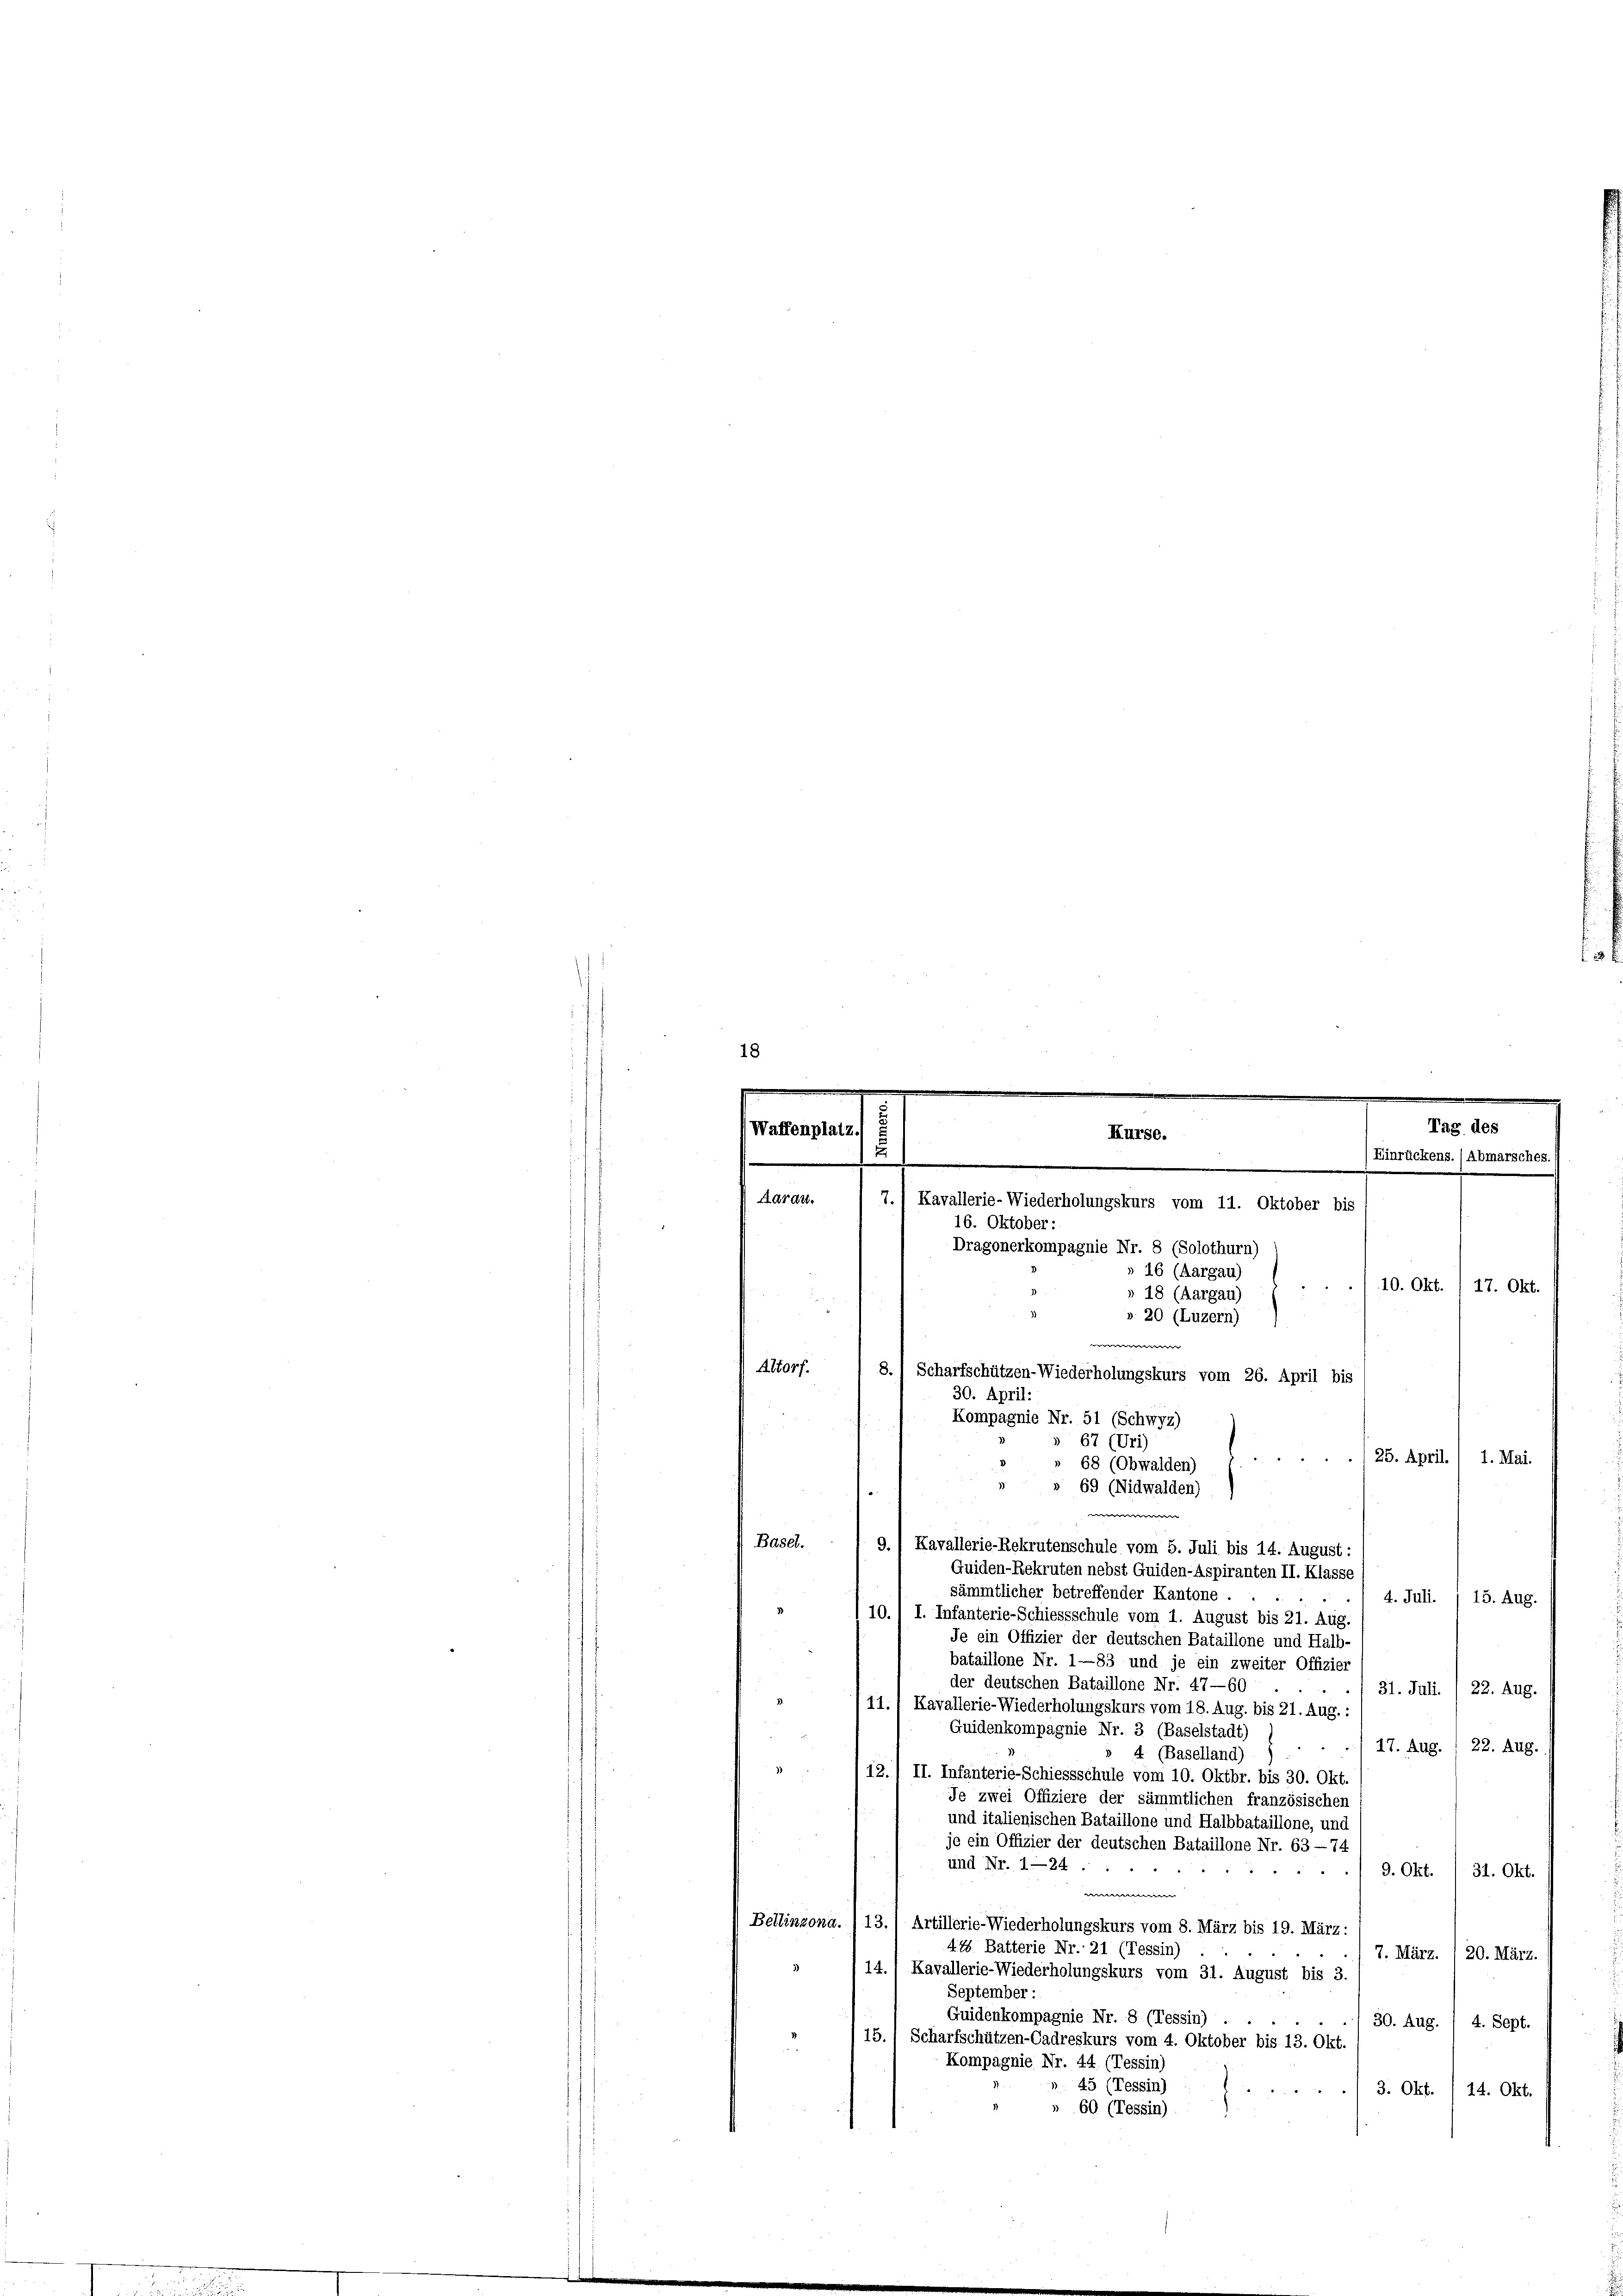
e
18
e
1
.
m
w
.

Basel.
9.) Kavallerie-Rekrutenschule vom 5. Juli bis 14. August:
Guiden-Rekruten nebst Guiden-Aspiranten II. Klasse
sämmtlicher betreffender Kantone .
4. Juli. / 15. Aug.
10.1 I. Infanterie-Schiessschule vom 1. August bis 21. Aug.
Je ein Offizier der deutschen Bataillone und Halb-
bataillone Nr. 1—83 und je ein zweiter Offizier
der deutschen Bataillone Nr. 47—60
31. Juli. / 22. Aug.
.
11.1 Kavallerie-Wiederholungskurs vom 18. Aug. bis 21. Aug. :
Guidenkompagnie Nr. 3 (Baselstadt)
) 17. Aug. 1 22. Aug.
» 4 (Baselland)

12./ II. Infanterie-Schiessschule vom 10. Oktbr. bis 30. Okt.
Je zwei Offiziere der sämmtlichen französischen
und italienischen Bataillone und Halbbataillone, und
je ein Offizier der deutschen Bataillone Nr. 63 —74
und Nr. 1—24 .
4
31. Okt.
9. Okt.
n
Bellinzona. , 13./ Artillerie-Wiederholungskurs vom 8. März bis 19. März:
415 Batterie Nr. 21 (Tessin)
7. März. 20. März.
14., Kavallerie-Wiederholungskurs vom 31. August bis 3.
September :
Guidenkompagnie Nr. 8 (Tessin)
30. Aug.
4. Sept.
15. 1 Scharfschützen-Cadreskurs vom 4. Oktober bis 13. Okt.
Kompagnie Nr. 44 (Tessin)
45 (Tessin)
/3. Okt./14. Okt.
» 60 (Tessin)

Tag des
Waffenplatz.
Kurse.
Einrückens. (Abmarsches.
2
Aarau
7.1 Kavallerie-Wiederholungskurs vom 11. Oktober bis
16. Oktober:
Dragonerkompagnie Nr. 8 (Solothurn)
16 (Aargau)
10. Okt. (17. Okt.
» 18 (Aargau)
» 20 (Luzern)

Altorf.
8.
Scharfschützen-Wiederholungskurs vom 26. April bis
30. April:
Kompagnie Nr. 51 (Schwyz)
 67 (Uri)
(25. April. ( 1. Mai.
D
 68 (Obwalden)
» 69 (Nidwalden)